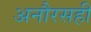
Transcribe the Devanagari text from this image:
अनौरसही